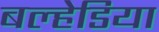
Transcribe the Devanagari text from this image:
बल्हेडिया